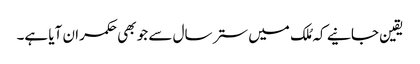
یقین جانیے کہ مُلک میں ستر سال سے جو بھی حکمران آیا ہے۔